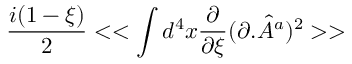
\frac { i ( 1 - \xi ) } { 2 } < < \int d ^ { 4 } x \frac { \partial } { \partial \xi } ( \partial . { \hat { A } } ^ { a } ) ^ { 2 } > >